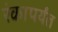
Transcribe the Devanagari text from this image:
रंकापर्यंत